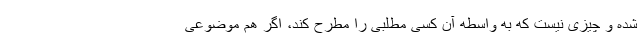
شده و چیزی نیست که به واسطه آن کسی مطلبی را مطرح کند، اگر هم موضوعی